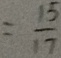
= \frac { 1 5 } { 1 7 }